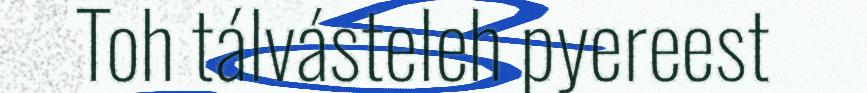
Toh tálvásteleh pyereest